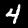
Label: 4